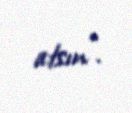
atsın".